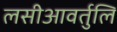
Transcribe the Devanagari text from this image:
लसीआवर्तुलि